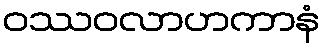
ဝဿဝလာဟကာနံ